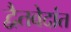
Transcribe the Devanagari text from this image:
द्वैतवेदांत